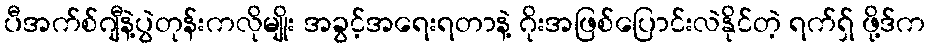
ပီအက်စ်ဂျီနဲ့ပွဲတုန်းကလိုမျိုး အခွင့်အရေးရတာနဲ့ ဂိုးအဖြစ်ပြောင်းလဲနိုင်တဲ့ ရက်ရှ် ဖို့ဒ်က